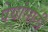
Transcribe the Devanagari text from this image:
पेयांसाठी